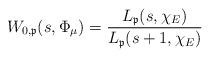
LaTeX: \begin{align*}W_{0,\mathfrak{p}}(s,\Phi_\mu) = \frac{ L_\mathfrak{p} (s,\chi_E)}{L_\mathfrak{p}(s+1,\chi_E) } \end{align*}